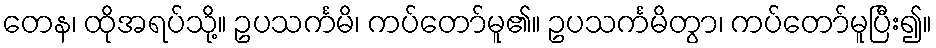
တေန၊ ထိုအရပ်သို့။ ဥပသင်္ကမိ၊ ကပ်တော်မူ၏။ ဥပသင်္ကမိတွာ၊ ကပ်တော်မူပြီး၍။